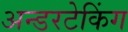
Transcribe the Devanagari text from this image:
अन्डरटेकिंग